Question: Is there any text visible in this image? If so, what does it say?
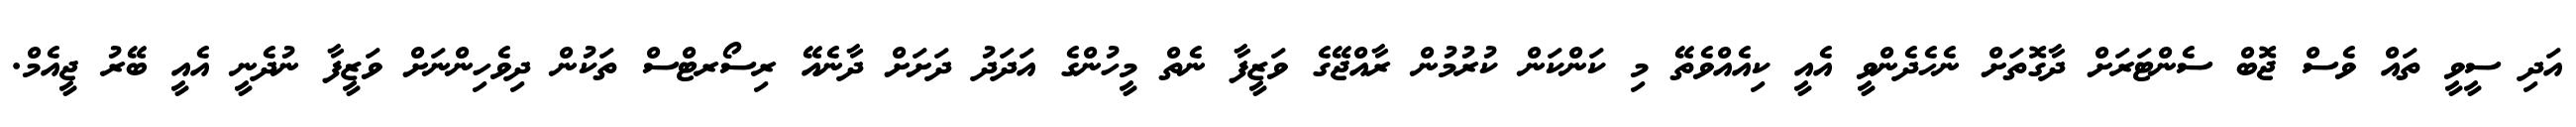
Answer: އަދި ސީވީ ތައް ވެސް ޖޮބް ސެންޓަރަށް ދާގޮތަށް ނެހެދެންވީ އެއީ ކިއެއްވެތޭ މި ކަންކަން ކުރުމުން ރާއްޖޭގެ ވަޒީފާ ނެތް މީހުންގެ އަދަދު ދަށަށް ދާނެއޭ ރިސޯރޓްސް ތަކުން ދިވެހިންނަށް ވަޒީފާ ނުދެނީ އެއީ ބޭރު ޖީއެމް.